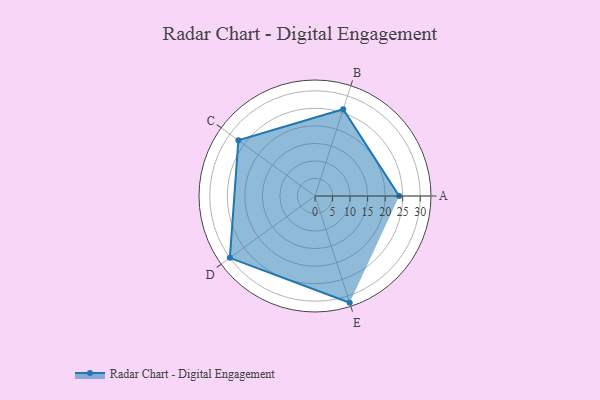
{"axis": {"x": "Skill", "y": "Score"}, "legend": ["Profile"], "data": [{"x": "A", "y": 24.0, "type": "Profile"}, {"x": "B", "y": 26.0, "type": "Profile"}, {"x": "C", "y": 27.0, "type": "Profile"}, {"x": "D", "y": 30.0, "type": "Profile"}, {"x": "E", "y": 32.0, "type": "Profile"}]}